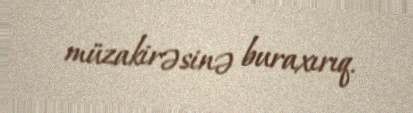
müzakirəsinə buraxırıq.